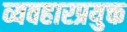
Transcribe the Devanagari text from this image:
व्यवहारप्रयुक्त